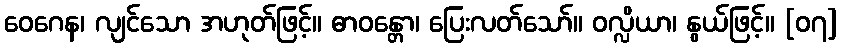
ဝေဂေန၊ လျင်သော အဟုတ်ဖြင့်။ ဓာဝန္တော၊ ပြေးလတ်သော်။ ဝလ္လိယာ၊ နွယ်ဖြင့်။ [၀၇]